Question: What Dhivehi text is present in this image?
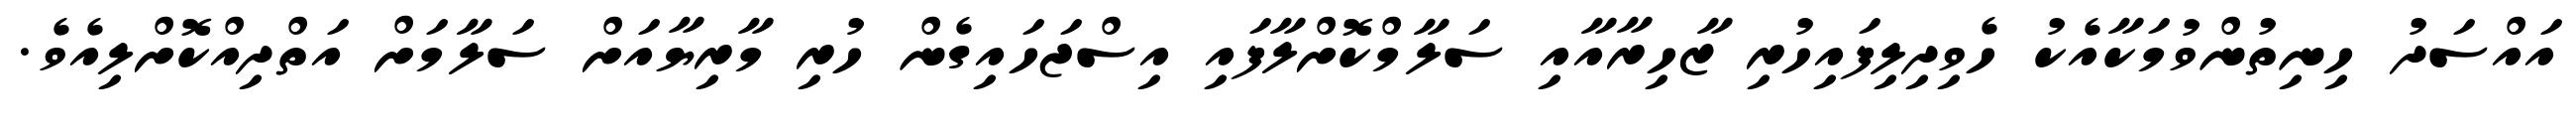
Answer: އައްސަދު ހިނިތުންވުމަކާއެކު ހެވިދިލިފައިހުރި ޒާހިރާއާއި ސަލާމްކޮށްލާފައި އިސްޖަހައިގެން ހުރި މާރިޔާއަށް ސަލާމަށް އަތްދިއްކޮށްލިއެވެ.